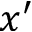
x ^ { \prime }